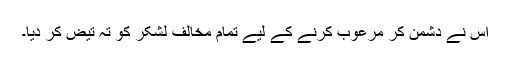
اس نے دشمن کر مرعوب کرنے کے لیے تمام مخالف لشکر کو تہ تیض کر دیا۔